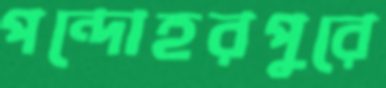
পন্দোহরপুরে